Plague in India, 1896, 1897 - Volume 3
Year: 1896
Disease focus: Plague
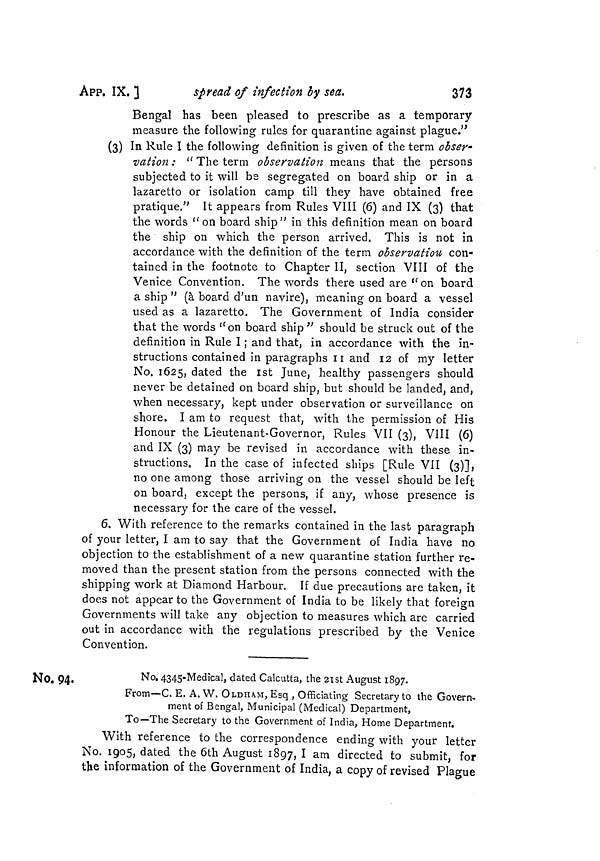
APP. IX. ]
spread of infection by sea.
373
Bengal has been pleased to prescribe as a temporary
measure the following rules for quarantine against plague."
(3) In Rule I the following definition is given of the term obser-
vation : " The term observation means that the persons
subjected to it will bs segregated on board ship or in a
lazaretto or isolation camp till they have obtained free
pratique." It appears from Rules VIII (6) and IX (3) that
the words "on board ship" in this definition mean on board
the ship on which the person arrived. This is not in
accordance with the definition of the term observation con-
tained in the footnote to Chapter II, section VIII of the
Venice Convention. The words there used are "on board
a ship " (à board d'un navire), meaning on board a vessel
used as a lazaretto. The Government of India consider
that the words "on board ship" should be struck out of the
definition in Rule I ; and that, in accordance with the in-
structions contained in paragraphs 11 and 12 of my letter
No. 1625, dated the 1st June, healthy passengers should
never be detained on board ship, but should be landed, and,
when necessary, kept under observation or surveillance on
shore. I am to request that, with the permission of His
Honour the Lieutenant-Governor, Rules VII (3), VIII (6)
and IX (3) may be revised in accordance with these in-
structions. In the case of infected ships [Rule VII (3)],
no one among those arriving on the vessel should be left
on board, except the persons, if any, whose presence is
necessary for the care of the vessel.
6. With reference to the remarks contained in the last paragraph
of your letter, I am to say that the Government of India have no
objection to the establishment of a new quarantine station further re-
moved than the present station from the persons connected with the
shipping work at Diamond Harbour. If due precautions are taken, it
does not appear to the Government of India to be likely that foreign
Governments will take any objection to measures which are carried
out in accordance with the regulations prescribed by the Venice
Convention.
No. 94.
No. 4345-Medical, dated Calcutta, the 21st August 1897.
From—C. E. A. W. OLDHAM,Esq , Officiating Secretary to the Govern-
ment of Bengal, Municipal (Medical) Department,
To—The Secretary to the Government of India, Home Department.
With reference to the correspondence ending with your letter
No. 1905, dated the 6th August 1897, I am directed to submit, for
the information of the Government of India, a copy of revised Plague